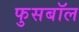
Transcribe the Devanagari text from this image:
फुसबॉल